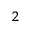
^ { 2 }